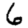
Digit: 6